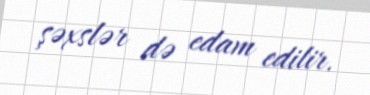
şəxslər də edam edilir.